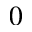
0